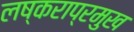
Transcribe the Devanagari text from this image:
लष्कराप्रमुख